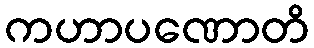
ကဟာပဏောတိ